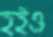
হইও